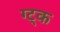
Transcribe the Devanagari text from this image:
ग्ट्क